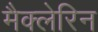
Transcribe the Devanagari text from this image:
मैक्लेरिन